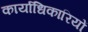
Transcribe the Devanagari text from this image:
कार्याधिकारियों